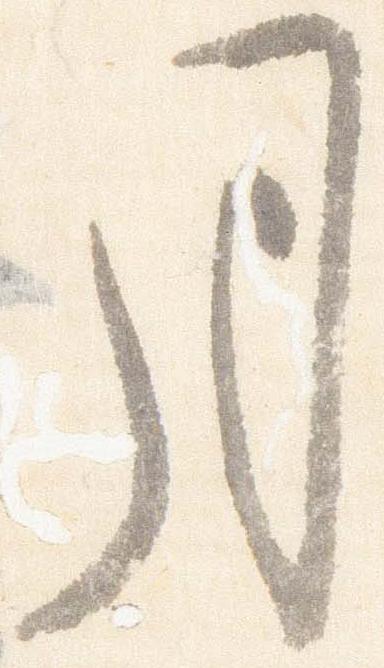
月